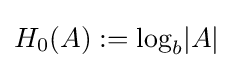
H_{0}(A):=\mathrm {log} _{b}\vert A\vert